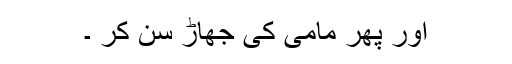
اور پھر مامی کی جھاڑ سن کر ۔